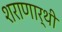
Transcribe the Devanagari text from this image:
शराणार्थी